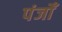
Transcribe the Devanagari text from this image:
पंजोँ